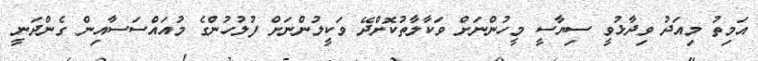
އަމިތު މިއަދު ވިދާޅުވީ ސިޔާސީ މީހުންނަށް ވަކާލާތުކޮށްދޭ ވަކީލުންނަށް ފުލުހުންގެ މުއައްސަސާއިން ގެންދަނީ